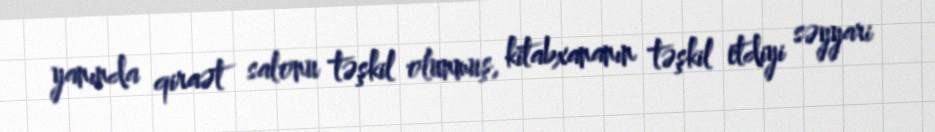
yanında qiraət salonu təşkil olunmuş, kitabxananın təşkil etdiyi səyyari